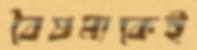
বৈষম্যকেই